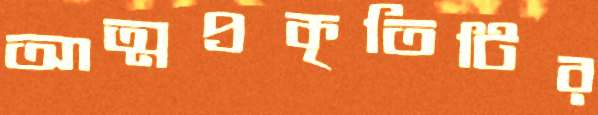
আত্মপ্রকৃতিটির